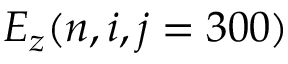
E _ { z } ( n , i , j = 3 0 0 )